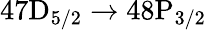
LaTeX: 47\mathrm{{D}_{5/2}\rightarrow 48\mathrm{{P}_{3/2}}}